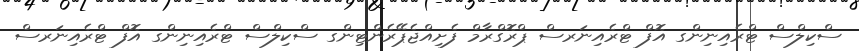
ސްކިލްސް ޓްރެއިނިންގ އޮފް ޓްރެއިނަރސް ޕްރޮގްރާމް ފެށިއްޖެޕޭރެންޓިންގ ސްކިލްސް ޓްރެއިނިންގ އޮފް ޓްރެއިނަރސް